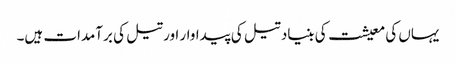
یہاں کی معیشت کی بنیاد تیل کی پیداوار اور تیل کی برآمدات ہیں۔